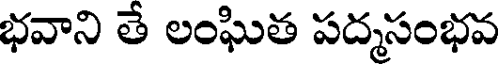
భవాని తే లంఘిత పద్మసంభవ